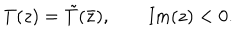
T ( z ) = \tilde { T } ( \bar { z } ) , \qquad \mathrm { I m } ( z ) < 0 .